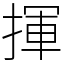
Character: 揮